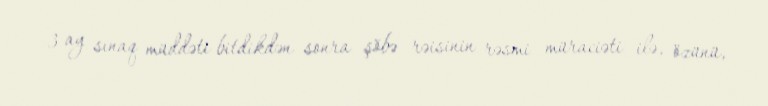
3 ay sınaq müddəti bitdikdən sonra şöbə rəisinin rəsmi müraciəti ilə, özünü,